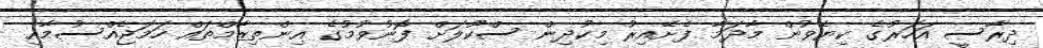
ދިރާސީ އަހަރުގެ ކިޔެވުން މާދަމާ ފެށޭއިރު މިކުދިން ސްކޫލަށް ފޮނުވުމުގެ އިންތިޒާމްތައް ހަމަޖެއްސުމާއި